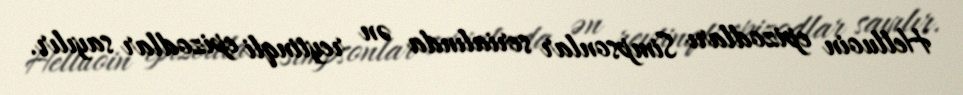
Helluoin epizodları Simpsonlar serialında ən reytinqli epizodlar sayılır.